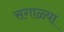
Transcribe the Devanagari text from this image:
सगाळ्या